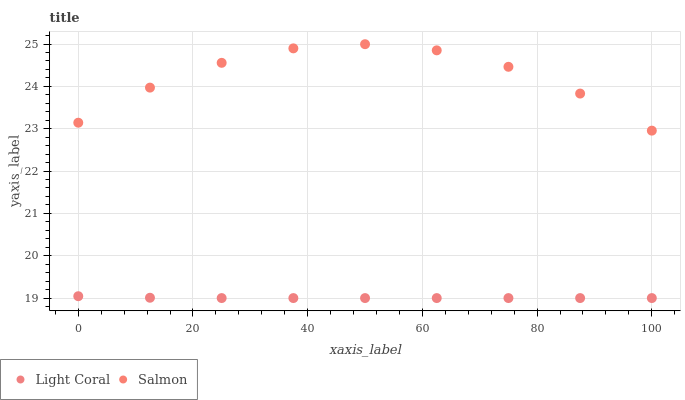
| xaxis_label | Light Coral | Salmon |
 | --- | --- | --- |
 | 0 | 19 | 23.1 |
 | 12.5 | 19 | 24 |
 | 25 | 19 | 24.6 |
 | 37.5 | 19 | 24.9 |
 | 50 | 19 | 25 |
 | 62.5 | 19 | 24.9 |
 | 75 | 19 | 24.5 |
 | 87.5 | 19 | 23.8 |
 | 100 | 19 | 23 |